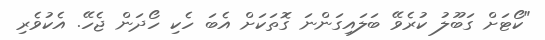
"ކޯޓަށް ގަބޫލު ކުރެވޭ ބަލައިގަންނަ ގޮތަކަށް އެބަ ހެކި ހޯދަން ޖެހޭ. އެކުވެރި